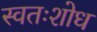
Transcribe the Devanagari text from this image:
स्वतःशोध